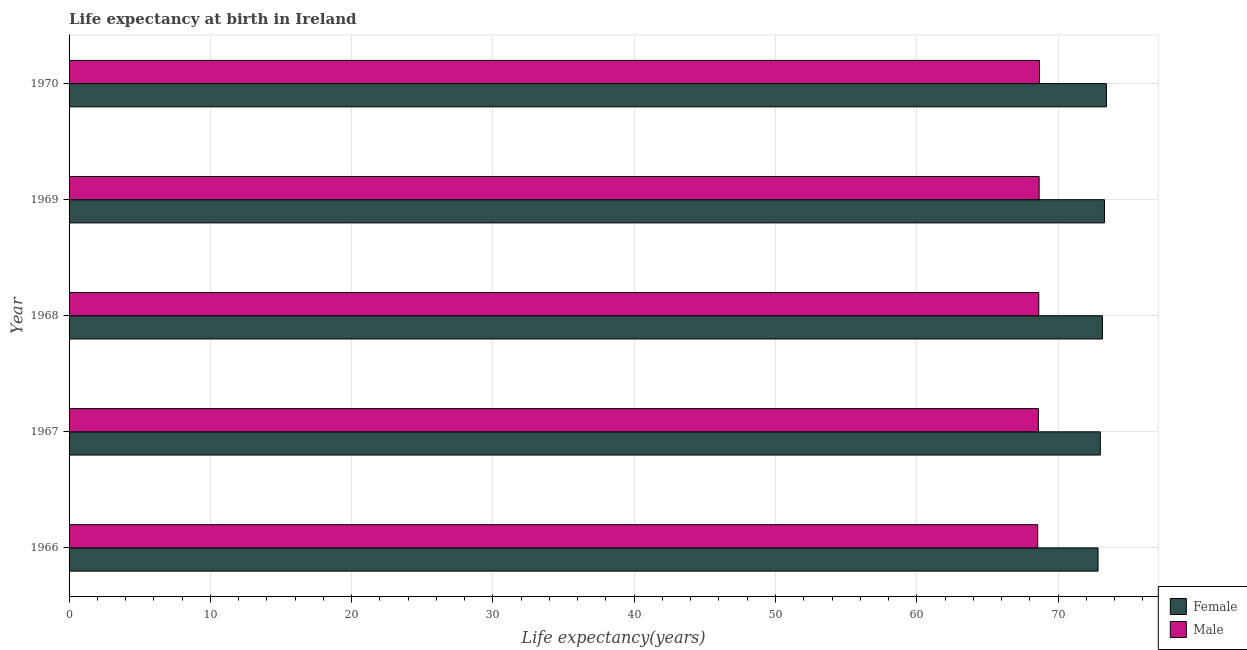
| Year | Female | Male |
 | --- | --- | --- |
 | 1966 | 72.8 | 68.6 |
 | 1967 | 73 | 68.6 |
 | 1968 | 73.1 | 68.6 |
 | 1969 | 73.3 | 68.7 |
 | 1970 | 73.4 | 68.7 |